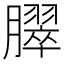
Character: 臎